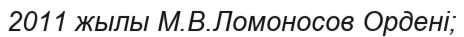
2011 жылы М.В.Ломоносов Ордені;